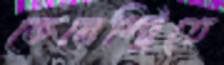
কেমেস্ট্রিতে